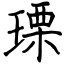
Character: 瑮